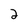
Character: 2